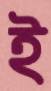
ই